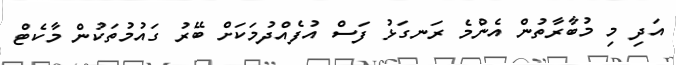
އަދި މި މުބާރާތުން އެންމެ ރަނގަޅު ފަސް އުފެއްދުމަކަށް ބޭރު ގައުމުތަކުން މާކެޓް